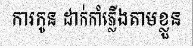
ការកូន ដាក់កាំភ្លើងតាមខ្លួន